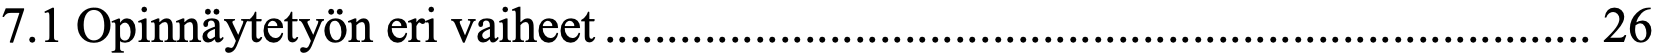
7.1 Opinnäytetyön eri vaiheet ............................................................................... 26